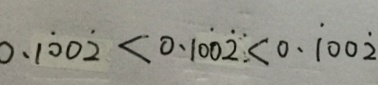
0 . 1 \dot { 0 } 0 \dot { 2 } < 0 . 1 0 \dot { 0 } \dot { 2 } < 0 . \dot { 1 } 0 0 \dot { 2 }